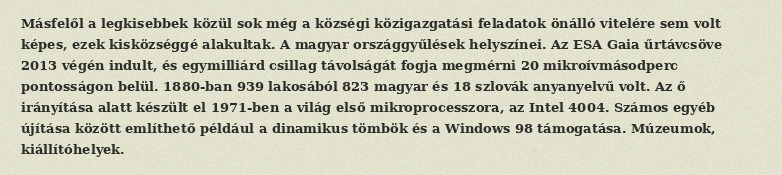
Másfelől a legkisebbek közül sok még a községi közigazgatási feladatok önálló vitelére sem volt képes, ezek kisközséggé alakultak. A magyar országgyűlések helyszínei. Az ESA Gaia űrtávcsöve 2013 végén indult, és egymilliárd csillag távolságát fogja megmérni 20 mikroívmásodperc pontosságon belül. 1880-ban 939 lakosából 823 magyar és 18 szlovák anyanyelvű volt. Az ő irányítása alatt készült el 1971-ben a világ első mikroprocesszora, az Intel 4004. Számos egyéb újítása között említhető például a dinamikus tömbök és a Windows 98 támogatása. Múzeumok, kiállítóhelyek.